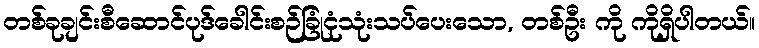
တစ်ခုချင်းစီဆောင်ပုဒ်ခေါင်းစဉ်ခြုံငုံသုံးသပ်ပေးသော, တစ်ဦး ကို ကိုရှိပါတယ်။